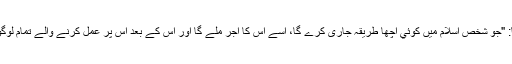
پھر رسول اللہﷺنے فرمایا: "جو شخص اسلام میں کوئي اچھا طریقہ جاری کرے گا، اسے اس کا اجر ملے گا اور اس کے بعد اس پر عمل کرنے والے تمام لوگوں کے برابر اجر ملے گا۔